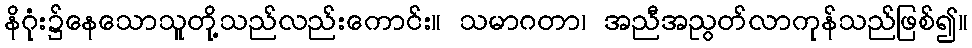
နိဂုံး၌နေသောသူတို့သည်လည်းကောင်း။ သမာဂတာ၊ အညီအညွတ်လာကုန်သည်ဖြစ်၍။